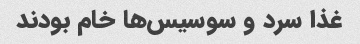
غذا سرد و سوسیس‌ها خام بودند